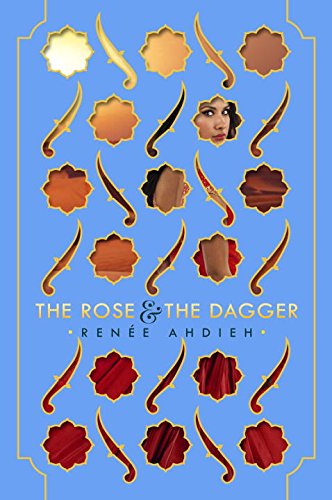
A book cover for The Rose and the Dagger; RenÃ©e Ahdieh; Teen & Young Adult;